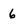
Character: 6